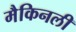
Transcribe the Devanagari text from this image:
मैकिनली